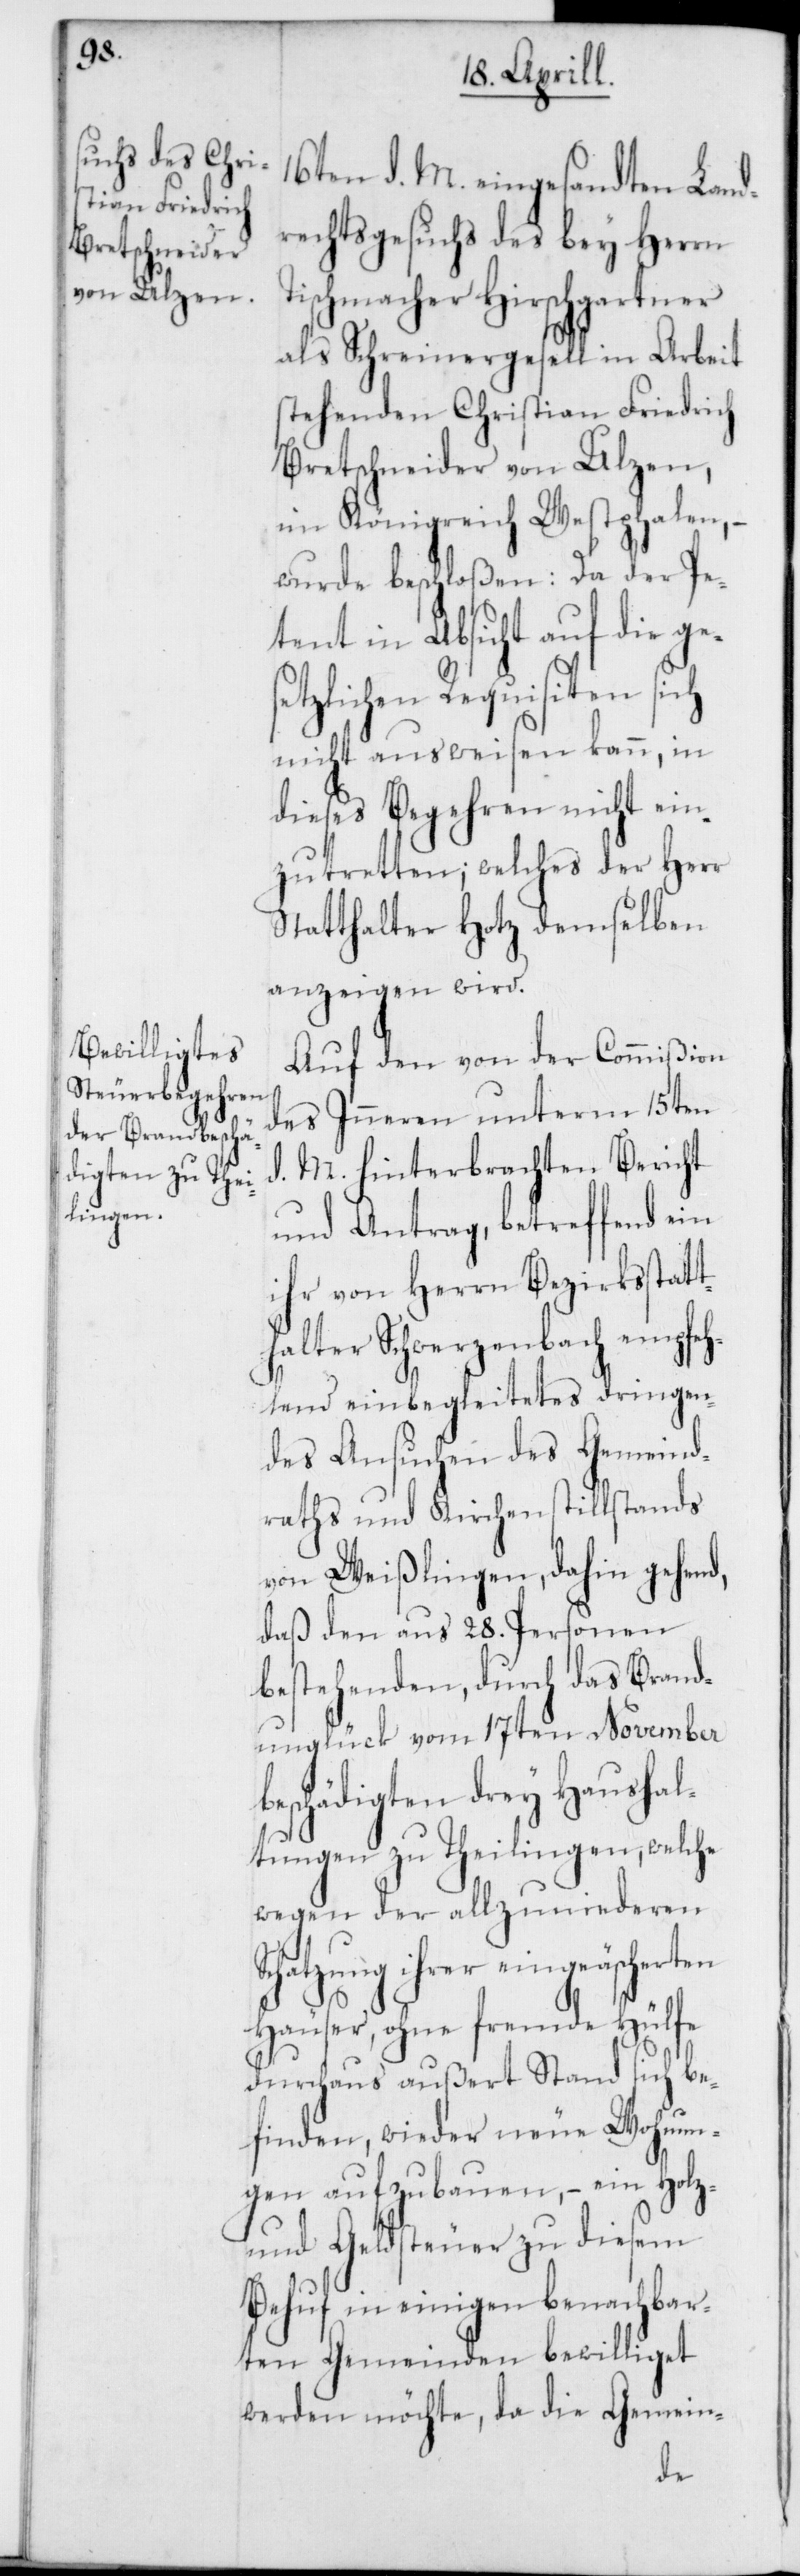
S¬

16ten d.M. eingesandten Land¬
rechtsgesuch des bey Herrn
Tischmacher Hirschgartner
als Schreinergesell in Arbeit
stehenden Christian Friedrich
Bretschneider von Ulzen,
im Königreich Westphalen, –
wurde beschloßen: Da der Pe¬
tent in Absicht auf die ges¬
etzlichen Requisiten sich
nicht ausweisen kann, in
dieses Begehren nicht ein¬
zutretten; welches der Herr
Statthalter Hotz demselben
anzeigen wird.
Auf den von der Commißion
des Inneren unterm 15ten
d. M. hinterbrachten Bericht
und Antrag, betreffend ein
ihr von Herrn Bezirksstatt¬
halter Schwerzenbach empfeh¬
lend einbegleitetes dringen¬
des Ansuchen des Gemeind¬
raths und Kirchenstillstands
von Weißlingen, dahin gehend,
daß den aus 28. Personen
bestehenden, durch das Brand¬
unglück vom 17ten November
beschädigten drey Haushal¬
tungen zu Theilingen, welche
wegen der allzu niederen
chatzung ihrer eingeäscherten
Häuser, ohne fremde Hülfe
durchaus außert Stand sich be¬
finden, wieder neue Wohnun¬
gen aufzubauen, – eine Holz-
und Geldsteuer zu diesem
Behuf in einigen benachbar¬
ten Gemeinden bewilliget
werden möchte, da die Gemein-